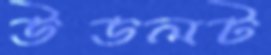
উডলট